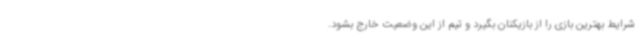
شرایط بهترین بازی را از بازیکنان بگیرد و تیم از این وضعیت خارج بشود.